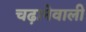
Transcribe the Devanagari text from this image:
चढ़ानेवाली